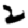
Digit: 2